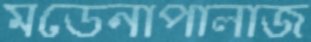
মডেনাপালাজ